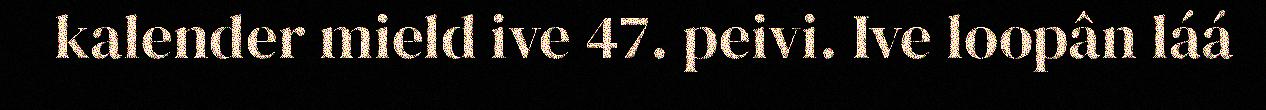
kalender mield ive 47. peivi. Ive loopân láá